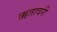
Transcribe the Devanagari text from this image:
ऋतावरी